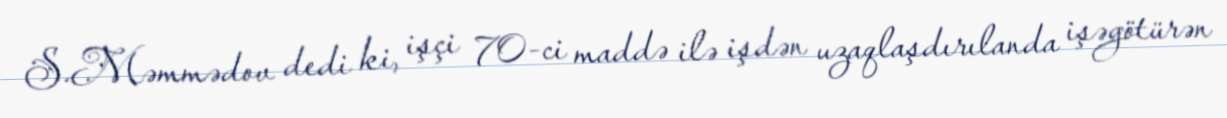
S.Məmmədov dedi ki, işçi 70-ci maddə ilə işdən uzaqlaşdırılanda işəgötürən